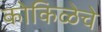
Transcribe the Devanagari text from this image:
कोकिळेचे